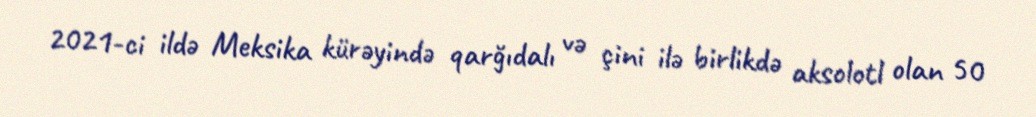
2021-ci ildə Meksika kürəyində qarğıdalı və çini ilə birlikdə aksolotl olan 50